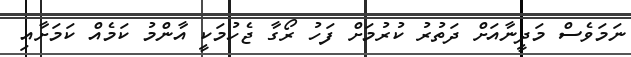
ނަމަވެސް މަދީނާއަށް ދަތުރު ކުރުމަށް ފަހު ރޯގާ ޖެހުމަކީ އާންމު ކަމެއް ކަމަށާއި